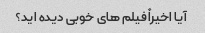
آیا اخیراً فیلم های خوبی دیده اید؟